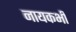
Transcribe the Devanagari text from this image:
नायकभी